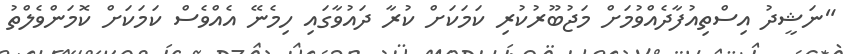
"ނަޝީދު އިސްތިއުފާދެއްވުމަށް މަޖުބޫރުކުރި ކަމަކަށް ކުރާ ދައުވާގައި ހިމެނޭ އެއްވެސް ކަމަކަށް ކޮމަންވެލްތު